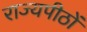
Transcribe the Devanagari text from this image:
राज्यपीठों